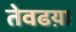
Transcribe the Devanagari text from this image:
तेवढय़ा